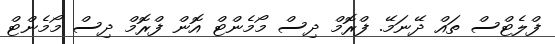
ފްލެޓްސް ތައް ދޭނަމޭ. ފްރޮމް ދިސް މޯމެންޓް އޮން ފްރޮމް ދިސް މޯމެންޓް